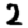
Digit: 2